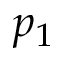
p _ { 1 }